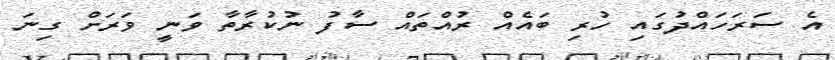
އެ ސަރަހައްދުގައި ހުރި ބައެއް ރުއްތައް ސާފު ނުކުރާތާ ވަނީ ވަރަށް ގިނަ